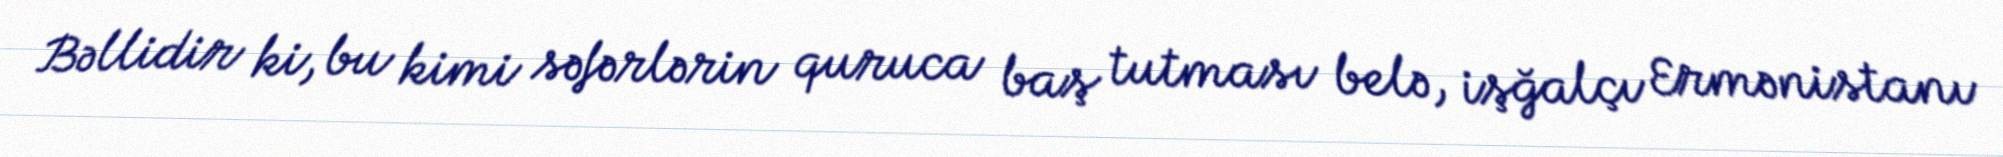
Bəllidir ki, bu kimi səfərlərin quruca baş tutması belə, işğalçı Ermənistanı